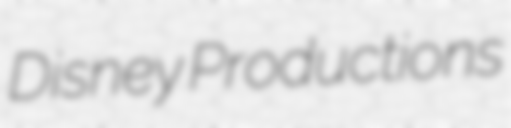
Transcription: Disney Productions